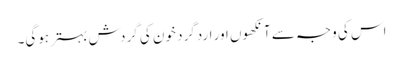
اس کی وجہ سے آنکھوں اور اردگرد خون کی گردش بہتر ہوگی۔